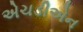
એચડીએન